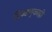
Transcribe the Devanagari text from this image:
निवडणुकाही